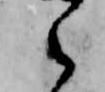
之